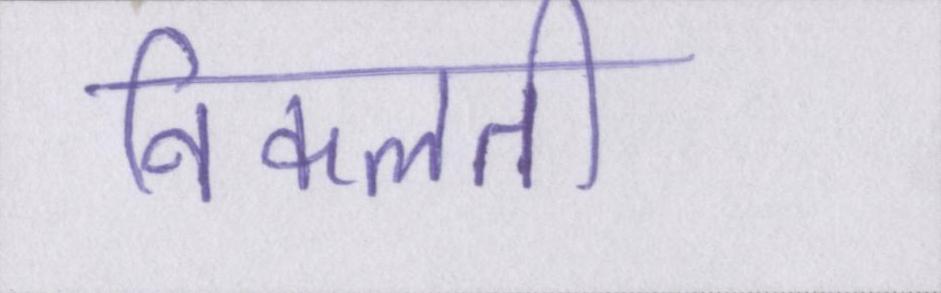
निकलती